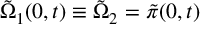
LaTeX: \tilde { \Omega } _ { 1 } ( 0 , t ) \equiv \tilde { \Omega } _ { 2 } = \tilde { \pi } ( 0 , t )